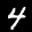
Label: 4